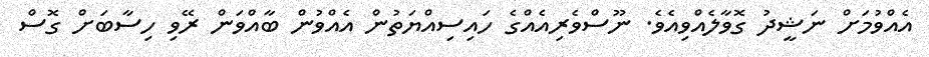
އެއްވުމަށް ނަޝީދު ގޮވާލެއްވިއެވެ. ނޫސްވެރިއެއްގެ ހައިސިއްޔަތުން އެއްވުން ބާއްވަން ރޭވި ހިސާބަށް ގޮސް